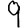
Digit: 9